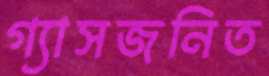
গ্যাসজনিত